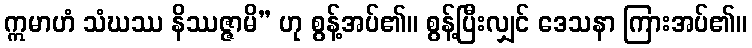
ဣမာဟံ သံဃဿ နိဿဇ္ဇာမိ” ဟု စွန့်အပ်၏။ စွန့်ပြီးလျှင် ဒေသနာ ကြားအပ်၏။